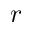
r